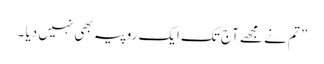
” تم نے مجھے آج تک ایک روپیہ بھی نہیں دیا ۔